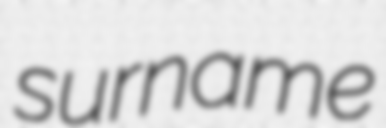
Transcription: surname